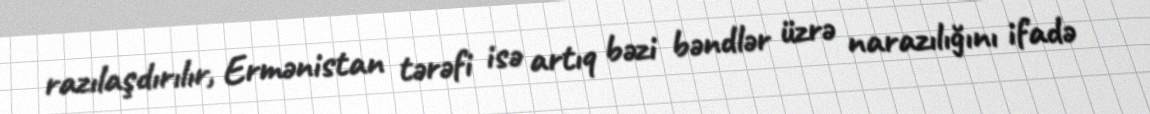
razılaşdırılır, Ermənistan tərəfi isə artıq bəzi bəndlər üzrə narazılığını ifadə